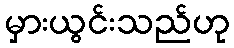
မှားယွင်းသည်ဟု